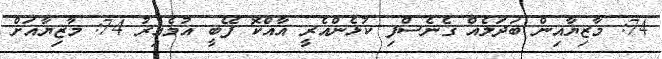
74: މާޒިޔާއިން ބަދަލެއް ގެނެސްފި ކުޅެންއެރީ އާއްކޮ ފޭބީ އުމެއިރު 74: މާޒިޔާއަށް